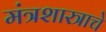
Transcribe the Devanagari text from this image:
मंत्रशास्त्राचे